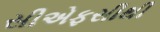
સીએફસીથી